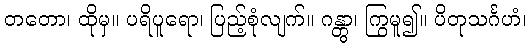
တတော၊ ထိုမှ။ ပရိပူရော၊ ပြည့်စုံလျက်။ ဂန္တွာ၊ ကြွမူ၍။ ပိတုသင်္ဂဟံ၊